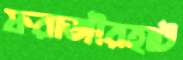
ফরাজীরহাট